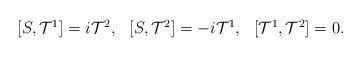
LaTeX: \begin{align*}\begin{array}{lll}[S,{\cal T}^1]=i{\cal T}^2, & [S,{\cal T}^2]=-i{\cal T}^1, & [{\cal T}^1,{\cal T}^2]=0.\end{array}\end{align*}